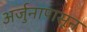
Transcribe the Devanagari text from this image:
अर्जुनापासून